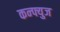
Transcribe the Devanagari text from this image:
कन्फ्युज